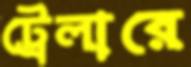
ট্রেলারে